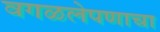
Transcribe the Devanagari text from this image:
वगळलेपणाचा